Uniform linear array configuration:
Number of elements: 8
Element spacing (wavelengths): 0.5
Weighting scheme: binomial
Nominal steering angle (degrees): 15
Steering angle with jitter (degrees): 15.868
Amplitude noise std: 0.05
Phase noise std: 0.05

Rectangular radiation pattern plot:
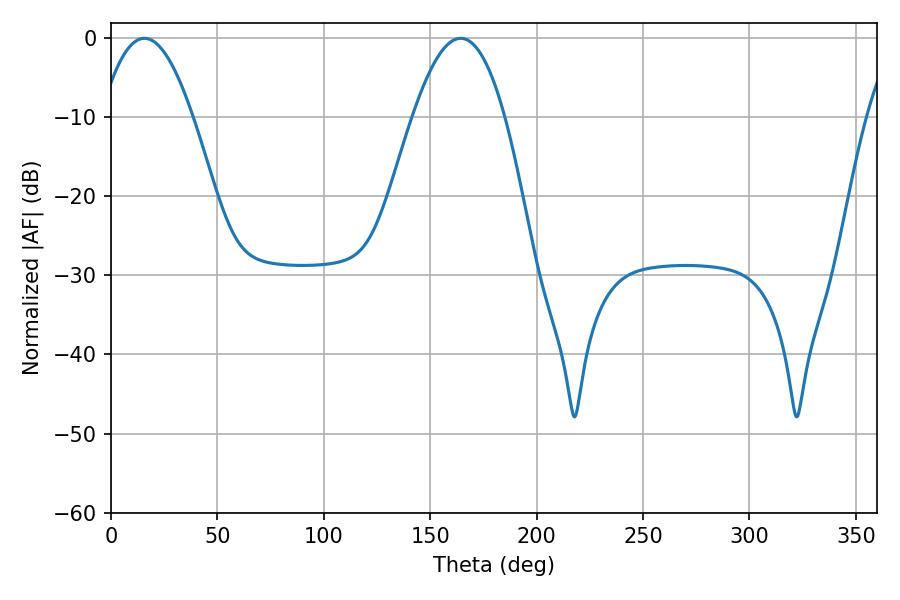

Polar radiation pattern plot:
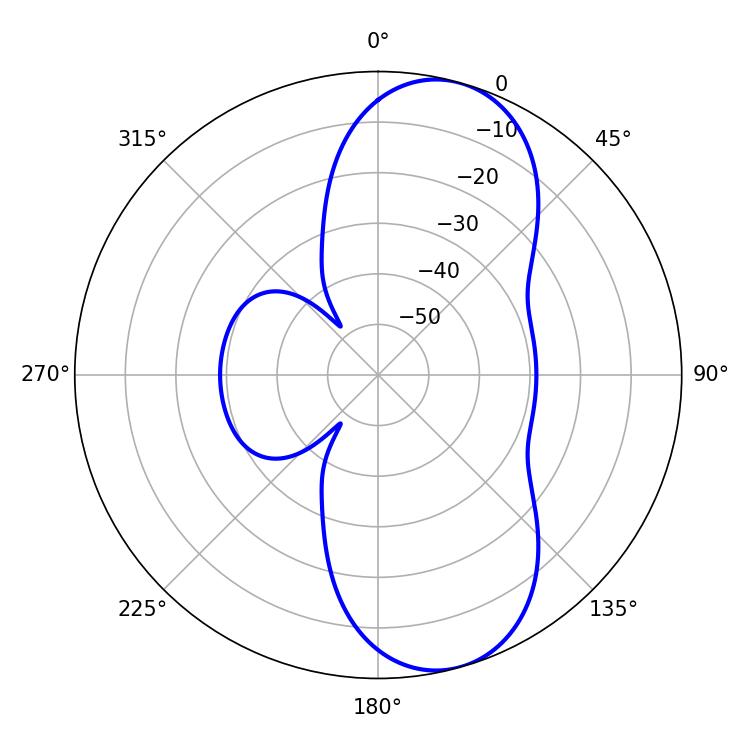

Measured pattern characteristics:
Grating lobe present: FALSE
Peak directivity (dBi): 9.066
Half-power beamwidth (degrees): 23.76
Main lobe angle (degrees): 15.66